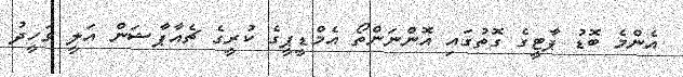
އެންމެ ބޮޑު ޕާޓީގެ ގޮތުގައި އޮންނަންތޯ އެމްޑީޕީގެ ކުރީގެ ޗެއާޕާޝަން އަލީ ވަހީދު